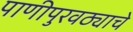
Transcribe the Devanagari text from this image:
पाणीपुरवठ्याचे